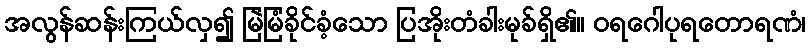
အလွန်ဆန်းကြယ်လှ၍ မြဲမြံခိုင်ခံ့သော ပြအိုးတံခါးမုခ်ရှိ၏။ ဝရဂေါပုရတောရဏံ၊